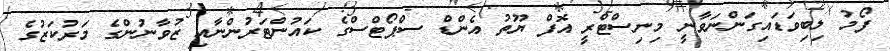
ފޯމު ލިބިވަޑައިގަންނަވާނީ މިނިސްޓްރީ އޮފް ޔޫތު އެންޑް ސްޕޯޓްސްގެ ކައުންޓަރުންނާއި ޒުވާނުންގެ މަރުކަޒުގެ